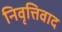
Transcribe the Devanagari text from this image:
निवृत्तिवाद